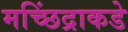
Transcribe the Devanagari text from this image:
मच्छिंद्राकडे